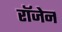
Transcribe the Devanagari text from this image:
रॉजेन